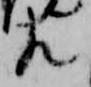
左